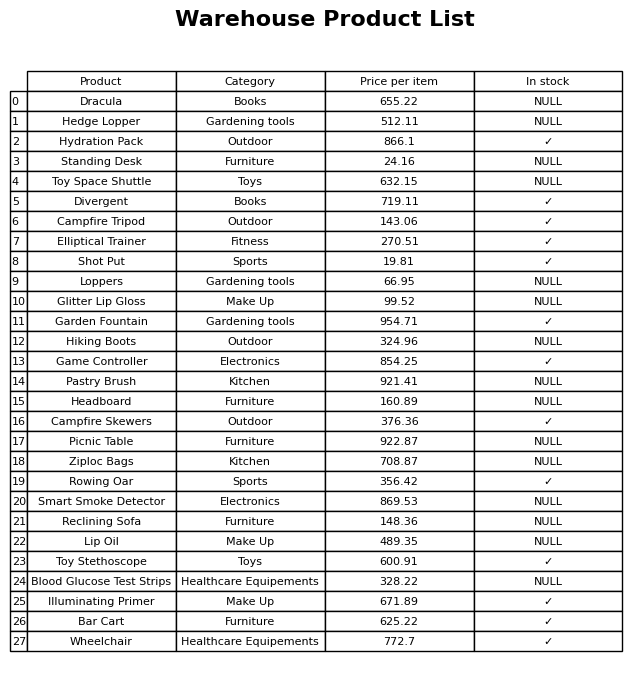
question: What is the price of the Game Controller?
answer: The price of Game Controller is 854.25.